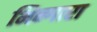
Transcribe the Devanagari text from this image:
भिन्गारा